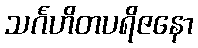
သင်္ဂဟိတပရိဇနော